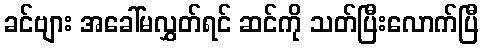
ခင်ဗျား အခေါ်မလွှတ်ရင် ဆင်ကို သတ်ပြီးလောက်ပြီ